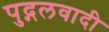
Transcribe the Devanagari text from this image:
पुद्गलवादी